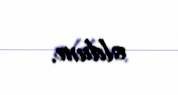
oldum.